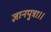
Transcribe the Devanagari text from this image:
ज्ञानपुत्रा।।